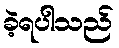
ခဲ့ရပါသည်